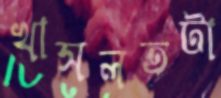
খাসলতটা